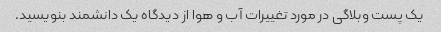
یک پست وبلاگی در مورد تغییرات آب و هوا از دیدگاه یک دانشمند بنویسید.